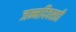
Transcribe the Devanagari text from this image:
जन्मदिवसही